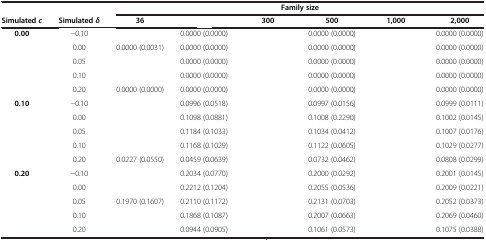
<table><thead><tr><td>[EMPTY_CELL]</td><td>[EMPTY_CELL]</td><td colspan="6"><b>Family size</b></td></tr><tr><td><b>Simulated <i>c</i></b></td><td><b>Simulated <i>δ</i></b></td><td><b>36</b></td><td>[EMPTY_CELL]</td><td><b>300</b></td><td><b>500</b></td><td><b>1,000</b></td><td><b>2,000</b></td></tr></thead><tbody><tr><td><b>0.00</b></td><td>-0.10</td><td>[EMPTY_CELL]</td><td>0.0000 (0.0000)</td><td>[EMPTY_CELL]</td><td>0.0000 (0.0000)</td><td>[EMPTY_CELL]</td><td>0.0000 (0.0000)</td></tr><tr><td>[EMPTY_CELL]</td><td>0.00</td><td>0.0000 (0.0031)</td><td>0.0000 (0.0000)</td><td>[EMPTY_CELL]</td><td>0.0000 (0.0000)</td><td>[EMPTY_CELL]</td><td>0.0000 (0.0000)</td></tr><tr><td>[EMPTY_CELL]</td><td>0.05</td><td>[EMPTY_CELL]</td><td>0.0000 (0.0000)</td><td>[EMPTY_CELL]</td><td>0.0000 (0.0000)</td><td>[EMPTY_CELL]</td><td>0.0000 (0.0000)</td></tr><tr><td>[EMPTY_CELL]</td><td>0.10</td><td>[EMPTY_CELL]</td><td>0.0000 (0.0000)</td><td>[EMPTY_CELL]</td><td>0.0000 (0.0000)</td><td>[EMPTY_CELL]</td><td>0.0000 (0.0000)</td></tr><tr><td>[EMPTY_CELL]</td><td>0.20</td><td>0.0000 (0.0000)</td><td>0.0000 (0.0000)</td><td>[EMPTY_CELL]</td><td>0.0000 (0.0000)</td><td>[EMPTY_CELL]</td><td>0.0000 (0.0000)</td></tr><tr><td><b>0.10</b></td><td>-0.10</td><td>[EMPTY_CELL]</td><td>0.0996 (0.0518)</td><td>[EMPTY_CELL]</td><td>0.0997 (0.0156)</td><td>[EMPTY_CELL]</td><td>0.0999 (0.0111)</td></tr><tr><td>[EMPTY_CELL]</td><td>0.00</td><td>[EMPTY_CELL]</td><td>0.1098 (0.0881)</td><td>[EMPTY_CELL]</td><td>0.1008 (0.2290)</td><td>[EMPTY_CELL]</td><td>0.1002 (0.0145)</td></tr><tr><td>[EMPTY_CELL]</td><td>0.05</td><td>[EMPTY_CELL]</td><td>0.1184 (0.1033)</td><td>[EMPTY_CELL]</td><td>0.1034 (0.0412)</td><td>[EMPTY_CELL]</td><td>0.1007 (0.0176)</td></tr><tr><td>[EMPTY_CELL]</td><td>0.10</td><td>[EMPTY_CELL]</td><td>0.1168 (0.1029)</td><td>[EMPTY_CELL]</td><td>0.1122 (0.0605)</td><td>[EMPTY_CELL]</td><td>0.1029 (0.0277)</td></tr><tr><td>[EMPTY_CELL]</td><td>0.20</td><td>0.0227 (0.0550)</td><td>0.0459 (0.0639)</td><td>[EMPTY_CELL]</td><td>0.0732 (0.0462)</td><td>[EMPTY_CELL]</td><td>0.0808 (0.0299)</td></tr><tr><td><b>0.20</b></td><td>-0.10</td><td>[EMPTY_CELL]</td><td>0.2034 (0.0770)</td><td>[EMPTY_CELL]</td><td>0.2000 (0.0292)</td><td>[EMPTY_CELL]</td><td>0.2001 (0.0145)</td></tr><tr><td>[EMPTY_CELL]</td><td>0.00</td><td>[EMPTY_CELL]</td><td>0.2212 (0.1204)</td><td>[EMPTY_CELL]</td><td>0.2055 (0.0536)</td><td>[EMPTY_CELL]</td><td>0.2009 (0.0221)</td></tr><tr><td>[EMPTY_CELL]</td><td>0.05</td><td>0.1970 (0.1607)</td><td>0.2110 (0.1172)</td><td>[EMPTY_CELL]</td><td>0.2131 (0.0703)</td><td>[EMPTY_CELL]</td><td>0.2052 (0.0373)</td></tr><tr><td>[EMPTY_CELL]</td><td>0.10</td><td>[EMPTY_CELL]</td><td>0.1868 (0.1087)</td><td>[EMPTY_CELL]</td><td>0.2007 (0.0663)</td><td>[EMPTY_CELL]</td><td>0.2069 (0.0460)</td></tr><tr><td>[EMPTY_CELL]</td><td>0.20</td><td>[EMPTY_CELL]</td><td>0.0944 (0.0905)</td><td>[EMPTY_CELL]</td><td>0.1061 (0.0573)</td><td>[EMPTY_CELL]</td><td>0.1075 (0.0388)</td></tr></tbody></table>